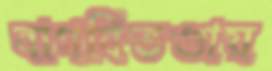
বাগবিতণ্ডায়